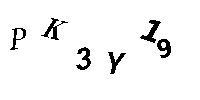
PK3Y19